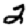
Digit: 2